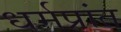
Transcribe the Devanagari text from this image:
धर्मप्रांत